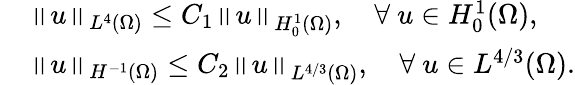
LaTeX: \begin{array}{rl}&{\left\Vert u\right\Vert_{L^{4}(\Omega)}\leq C_{1}\left\Vert u\right\Vert_{H_{0}^{1}(\Omega)},\quad\forall~u\in H_{0}^{1}(\Omega),}\\ &{\left\Vert u\right\Vert_{H^{-1}(\Omega)}\leq C_{2}\left\Vert u\right\Vert_{L^{4/3}(\Omega)},\quad\forall~u\in L^{4/3}(\Omega).}\end{array}